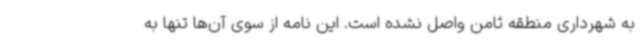
به شهرداری منطقه ثامن واصل نشده است. این نامه از سوی آن‌ها تنها به